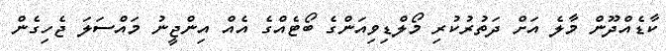
ކާޑެއްދޫން މާލެ އަށް ދަތުރުކުރި މޯލްޑިވިއަންގެ ބޯޓެއްގެ އެއް އިންޖީނު މައްސަލަ ޖެހިގެން